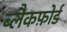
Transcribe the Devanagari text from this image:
ब्लैकफ़ोर्ड